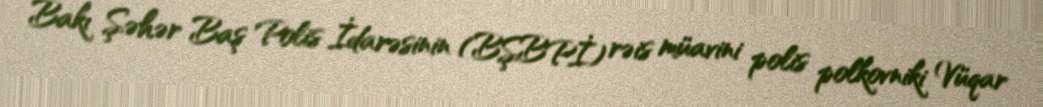
Bakı Şəhər Baş Polis İdarəsinin (BŞBPİ) rəis müavini polis polkovniki Vüqar